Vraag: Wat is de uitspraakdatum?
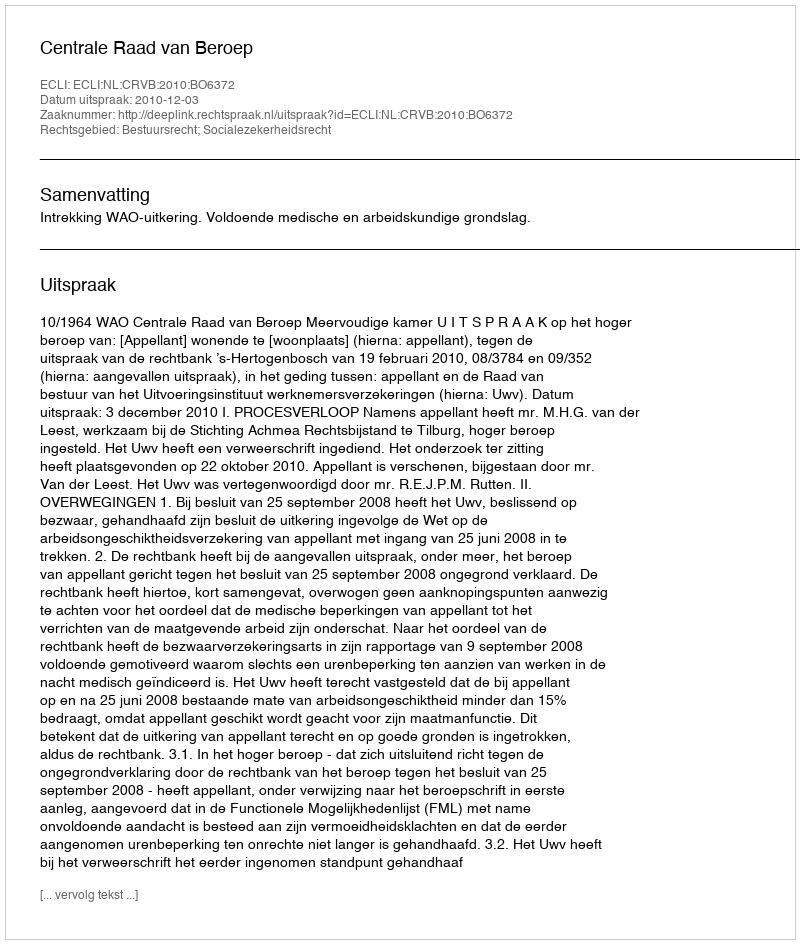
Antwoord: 2010-12-03